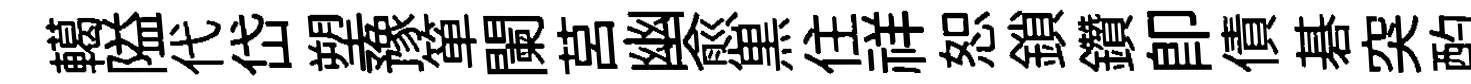
轕隘代岱塑豫箪闌莒幽愈黒住祥恕鎖鑽即債碁突酌